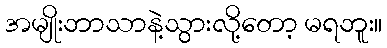
အမျိုးဘာသာနဲ့သွားလို့တော့ မရဘူး။